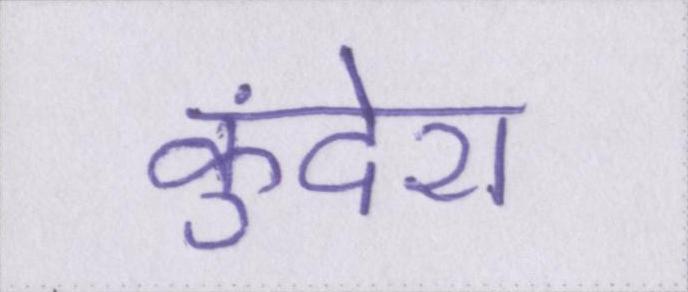
कुंदेरा